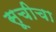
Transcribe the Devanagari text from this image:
सूचीचा